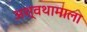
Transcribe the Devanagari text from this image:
अश्वथामाला